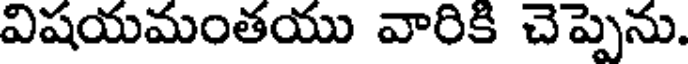
విషయమంతయు వారికి చెప్పెను.